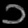
Digit: ၁